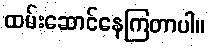
ထမ်းဆောင်နေကြတာပါ။